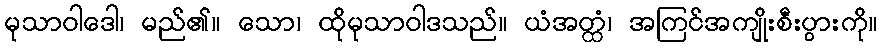
မုသာဝါဒေါ၊ မည်၏။ သော၊ ထိုမုသာဝါဒသည်။ ယံအတ္ထံ၊ အကြင်အကျိုးစီးပွားကို။